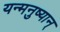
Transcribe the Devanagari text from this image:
यन्मनुष्यान्